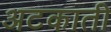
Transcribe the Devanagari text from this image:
अटकाती